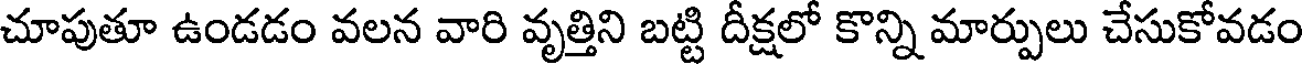
చూపుతూ ఉండడం వలన వారి వృత్తిని బట్టి దీక్షలో కొన్ని మార్పులు చేసుకోవడం